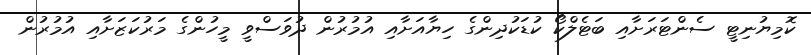
ކޮމިޔުނިޓީ ސެންޓަރަށާއި ބަޓެލްކޯ ކުޑަކުދިންގެ ހިޔާއަށާއި އުމުރުން ދުވަސްވީ މީހުންގެ މަރުކަޒަށާއި އުމުރުން